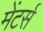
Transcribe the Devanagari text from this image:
मेंटर्स